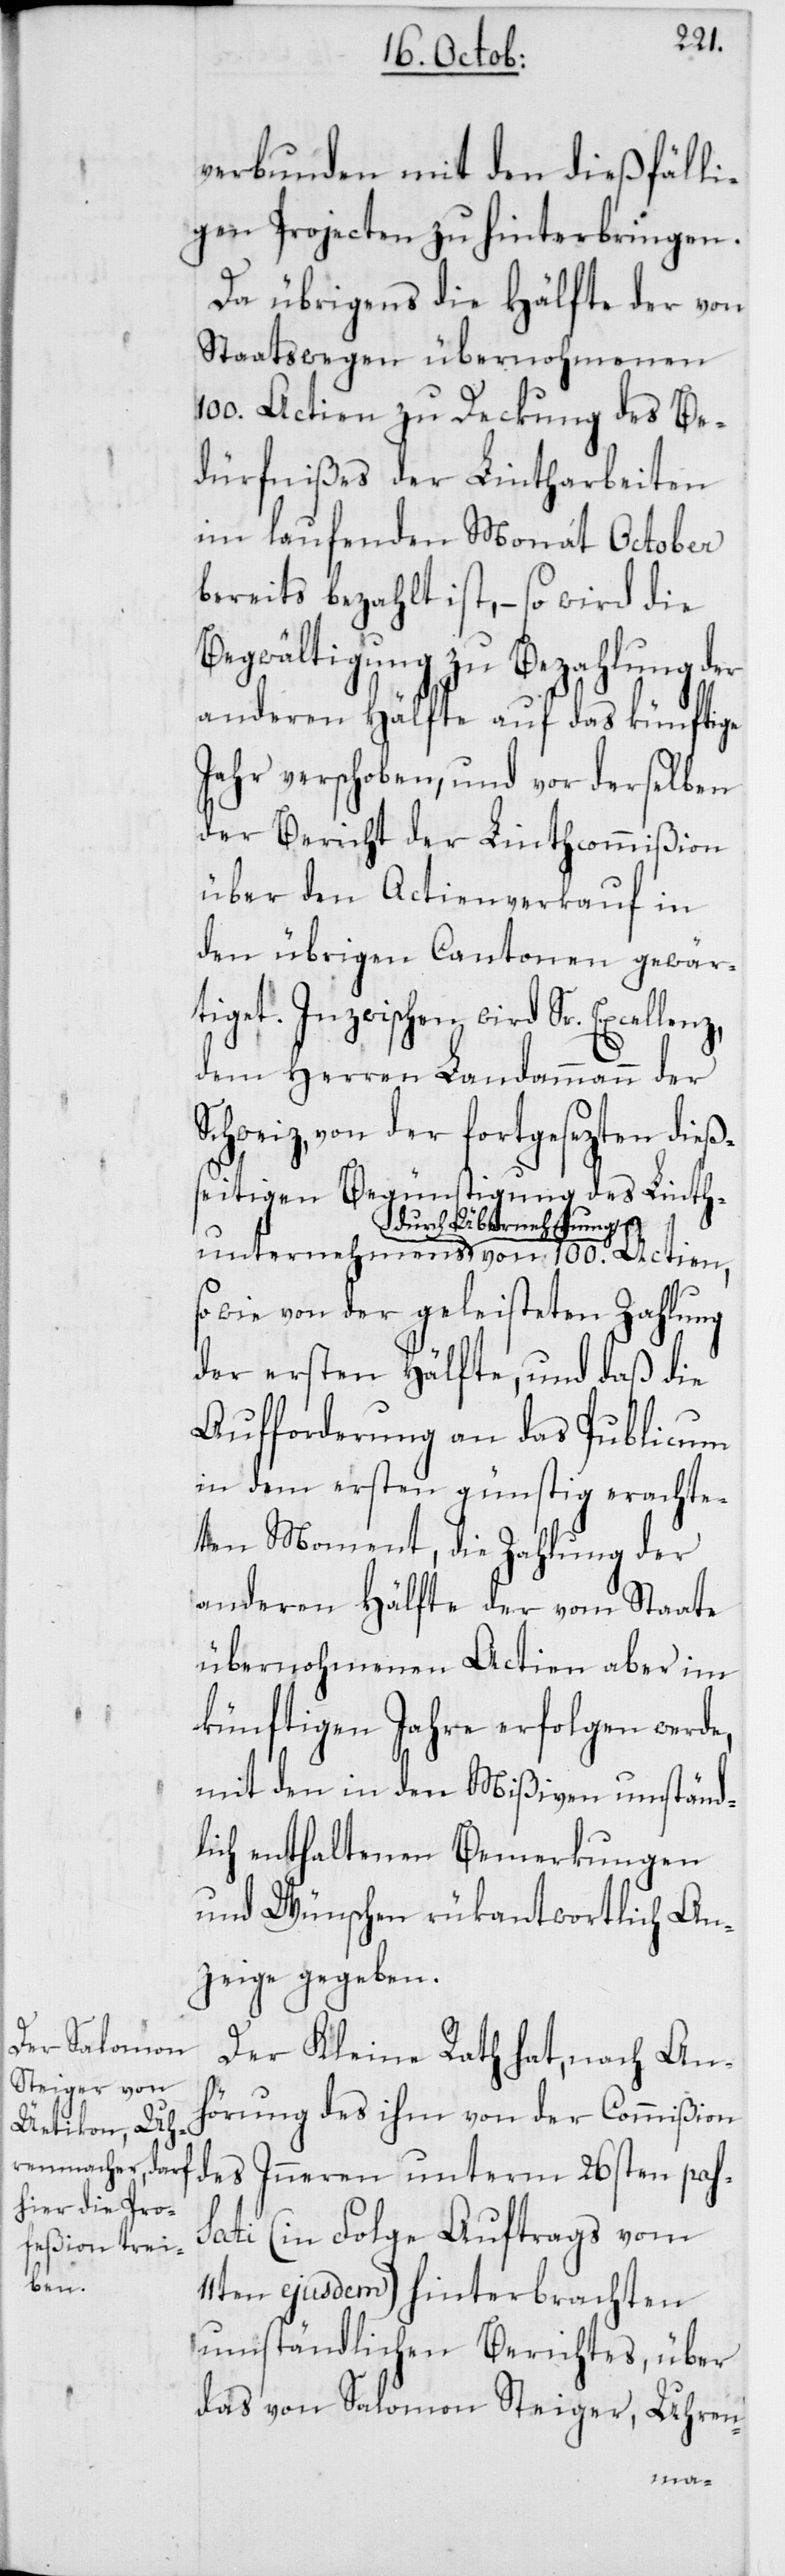
verbunden mit den dießfälli¬
gen Projecten zu hinterbringen.
Da übrigens die Hälfte der von
Staatswegen übernohmenen
100. Actien zu Deckung des Be¬
dürfnißes der Lintharbeiten
im laufenden Monat October
bereits bezahlt ist, – so wird die
Begwältigung zu Bezahlung der
anderen Hälfte auf das künftige
Jahr verschoben, und vor derselben
der Bericht der Linthcommißion
über den Actienverkauf in
den übrigen Cantonen gewär¬
tiget. Inzwischen wird Sr.
dem Herren Landammann der
Schweiz, von der fortgesezten dieß¬
eitigen Begünstigung des Linth¬
durch Übermachung von
sowie von der geleisteten Zahlung
der ersten Hälfte, und daß die
Aufforderung an das Publicum
in dem ersten günstig erachte¬
ten Moment, die Zahlung der
anderen Hälfte der vom Staate
übernohmenen Actien aber im
künftigen Jahre erfolgen werde,
mit den in den Mißiven umständ¬
lich enthaltenen Bemerkungen
und Wünschen rükantwortlich An¬
zeige gegeben.
Der Kleine Rath hat, nach An¬
hörung des ihm von der Commißion
des Inneren unterm 26sten pas¬
sati (in Folge Auftrags vom
11ten ejusdem) hinterbrachten
umständlichen Berichtes, über
das von Salomon Steiger, Uhren-
hmens